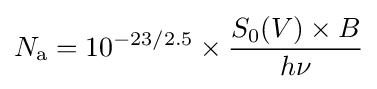
N_{\text{a}}=10^{-23/2.5}\times {\frac {S_{0}(V)\times B}{h\nu }}